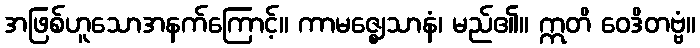
အဖြစ်ဟူသောအနက်ကြောင့်။ ကာမဇ္ဈေသာနံ၊ မည်၏။ ဣတိ ဝေဒိတဗ္ဗံ။